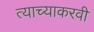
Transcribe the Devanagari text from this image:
त्याच्याकरवी